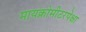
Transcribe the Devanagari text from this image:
मायक्रोमीटरपेक्षा